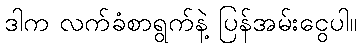
ဒါက လက်ခံစာရွက်နဲ့ ပြန်အမ်းငွေပါ။